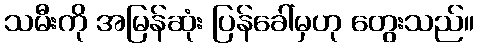
သမီးကို အမြန်ဆုံး ပြန်ခေါ်မှဟု တွေးသည်။